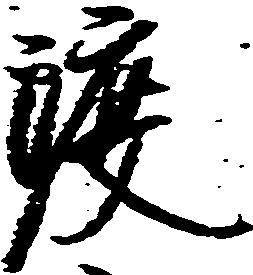
渡